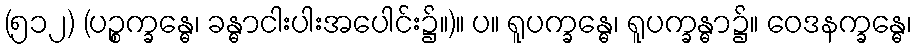
(၅၁၂) (ပဉ္စက္ခန္ဓေ၊ ခန္ဓာငါးပါးအပေါင်း၌။)။ ပ။ ရူပက္ခန္ဓေ၊ ရူပက္ခန္ဓာ၌။ ဝေဒနက္ခန္ဓေ၊